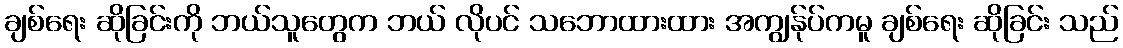
ချစ်ရေး ဆိုခြင်းကို ဘယ်သူတွေက ဘယ် လိုပင် သဘောထားထား အကျွန်ုပ်ကမူ ချစ်ရေး ဆိုခြင်း သည်